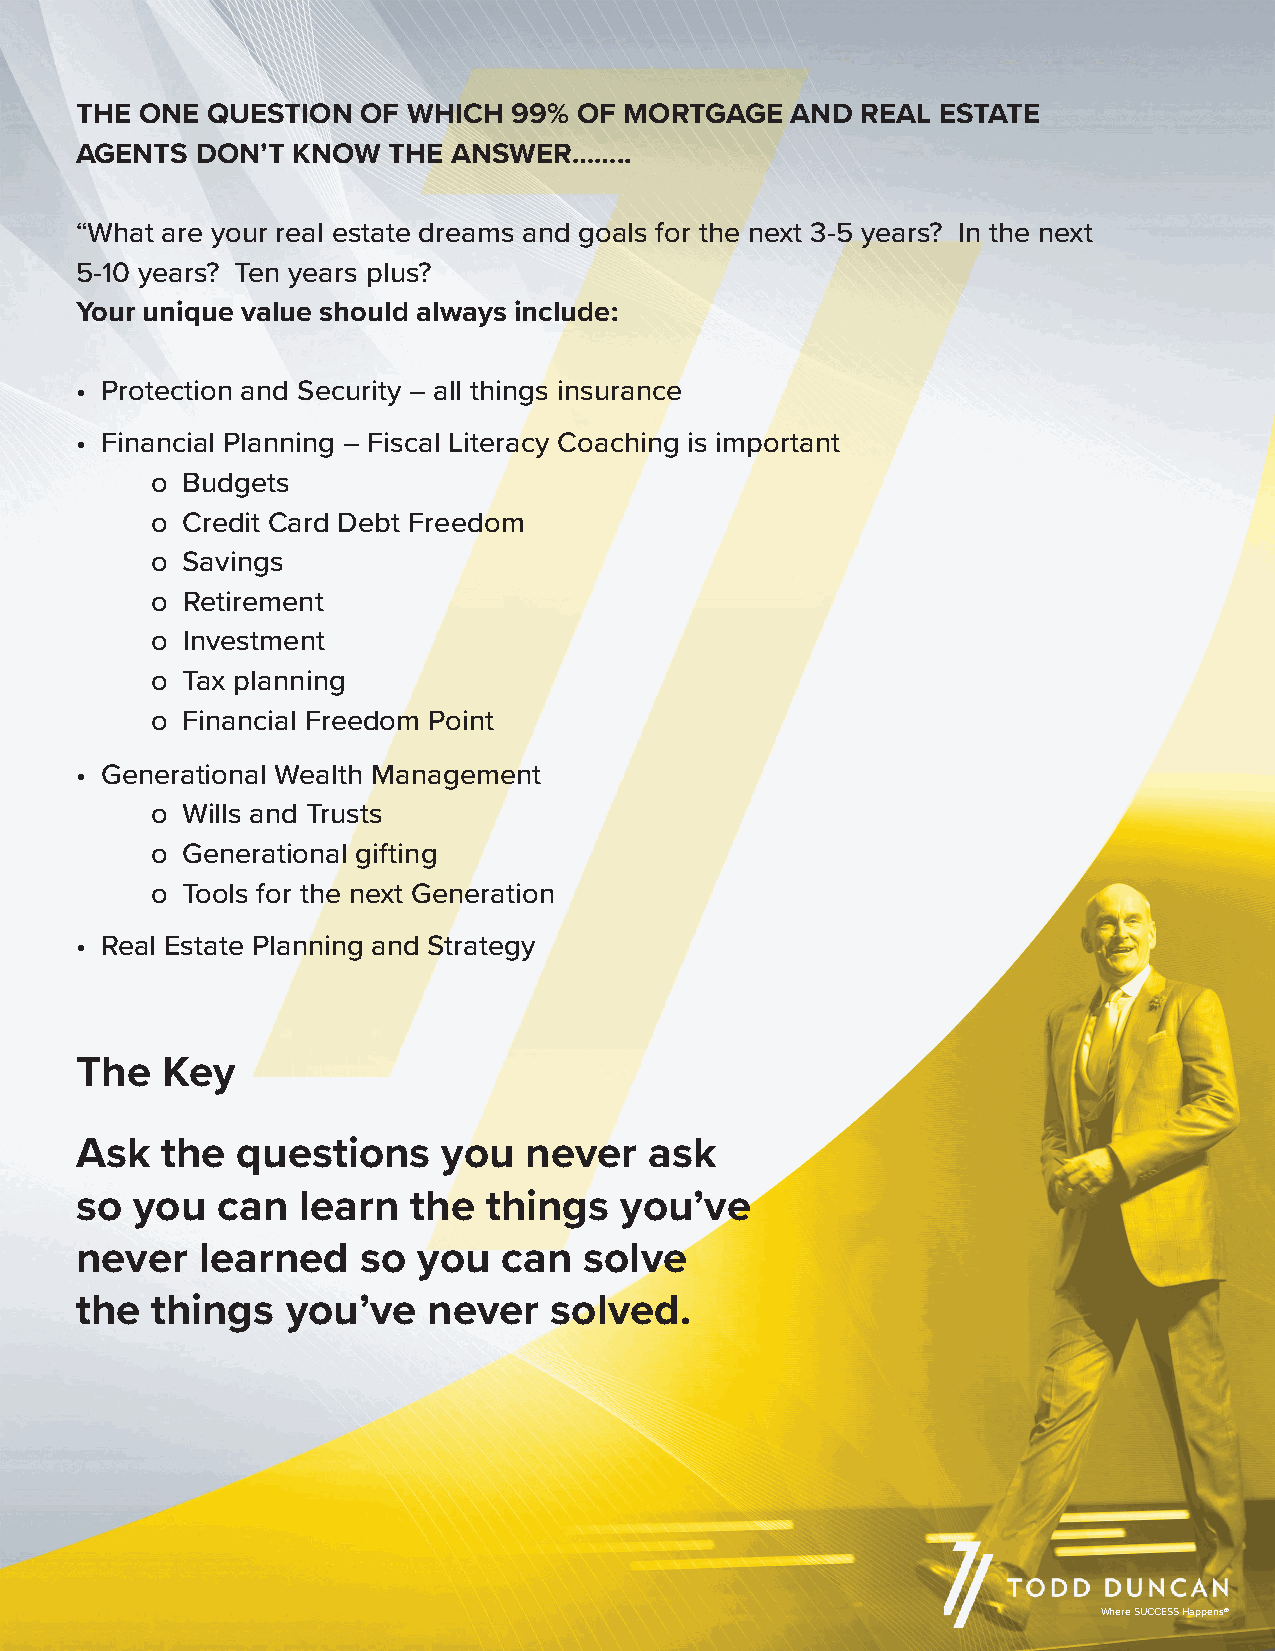
THE ONE  QUESTION  OF WHICH  99% OF MORTGAGE   AND  REAL ESTATE
 AGENTS  DON’T KNOW   THE ANSWER……..
 “What are your real estate dreams and goals for the next 3-5 years? In the next
 5-10 years? Ten years plus?
 Your unique value should always include:
 • Protection and Security – all things insurance
 • Financial Planning – Fiscal Literacy Coaching is important
 o Budgets
 o Credit Card Debt Freedom
 o Savings
 o Retirement
 o Investment
 o Tax planning
 o Financial Freedom Point
 • Generational Wealth Management
 o Wills and Trusts
 o Generational gifting
 o Tools for the next Generation
 • Real Estate Planning and Strategy
 The   Key
 Ask   the  questions    you   never   ask
 so  you  can   learn  the  things   you’ve
 never   learned    so  you  can   solve
 the  things   you’ve   never   solved.
 Where SUCCESS Happens®